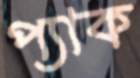
প্যাক